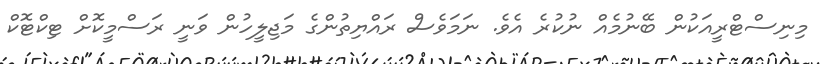
މިނިސްޓްރީއަކުން ބޭނުމެއް ނުކުރެ އެވެ. ނަމަވެސް ރައްޔިތުންގެ މަޖިލީހުން ވަނީ ރަސްމީކޮށް ޓިކްޓޮކް